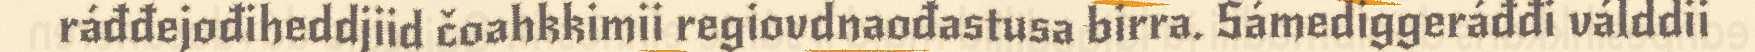
ráđđejođiheddjiid čoahkkimii regiovdnaođastusa birra. Sámediggeráđđi válddii